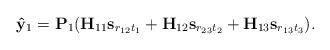
LaTeX: \begin{align*} {\bf \hat{y}}_{1}={\bf P}_1({\bf H}_{11}{\bf s}_{r_{12}t_{1}}+{\bf H}_{12}{\bf s}_{r_{23}t_{2}}+{\bf H}_{13}{\bf s}_{r_{13}t_{3}}). \end{align*}